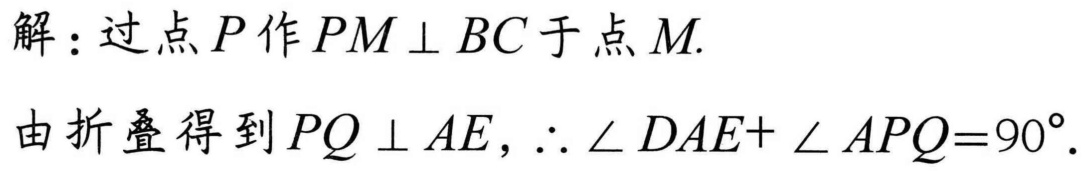
解：过点\(P\)作\(PM\perp BC\)于点\(M\).
由折叠得到\(PQ\perp AE\)，\(\therefore \angle DAE + \angle APQ = 90^{\circ}\).